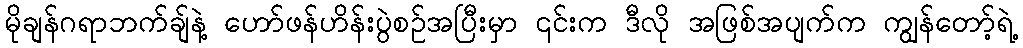
မိုချန်ဂရာဘက်ချ်နဲ့ ဟော်ဖန်ဟိန်းပွဲစဉ်အပြီးမှာ ၎င်းက ဒီလို အဖြစ်အပျက်က ကျွန်တော့်ရဲ့